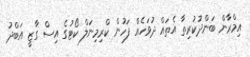
އިމްރާން ބަންދުކުރިތާ އެތައް ދުވަހެއް ފަހުން ކްރިމިނަލް ކޯޓުގެ އިސް ގާޒީ އަބްދު